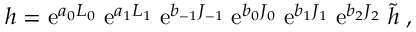
h = { \mathrm { e } } ^ { a _ { 0 } L _ { 0 } } \; { \mathrm { e } } ^ { a _ { 1 } L _ { 1 } } \; { \mathrm { e } } ^ { b _ { - 1 } J _ { - 1 } } \; { \mathrm { e } } ^ { b _ { 0 } J _ { 0 } } \; { \mathrm { e } } ^ { b _ { 1 } J _ { 1 } } \; { \mathrm { e } } ^ { b _ { 2 } J _ { 2 } } \; \tilde { h } \; ,